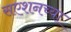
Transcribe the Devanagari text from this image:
सएशनच्या